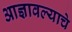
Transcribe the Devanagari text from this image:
आज्ञावल्याचे